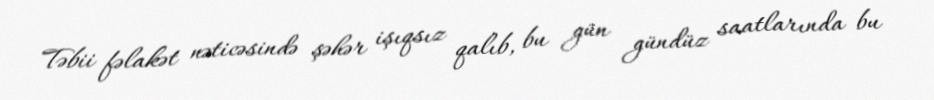
Təbii fəlakət nəticəsində şəhər işıqsız qalıb, bu gün gündüz saatlarında bu